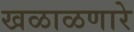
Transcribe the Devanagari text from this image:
खळाळणारे